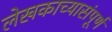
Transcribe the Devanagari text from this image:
लेखकाच्यासंपूर्ण